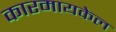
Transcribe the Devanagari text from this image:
कारमायकेल